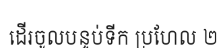
ដើរចូលបន្ទប់ទីក ប្រហែល ២